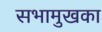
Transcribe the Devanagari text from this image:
सभामुखका